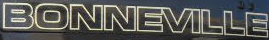
BONNEVILLE